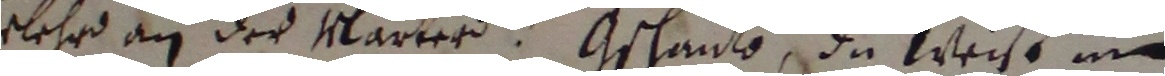
vlehrd an der marters. Gschaute, da weise im